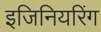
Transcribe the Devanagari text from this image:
इजिनियरिंग